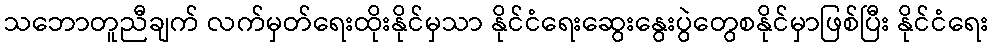
သဘောတူညီချက် လက်မှတ်ရေးထိုးနိုင်မှသာ နိုင်ငံရေးဆွေးနွေးပွဲတွေစနိုင်မှာဖြစ်ပြီး နိုင်ငံရေး